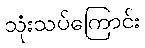
သုံးသပ်ကြောင်း